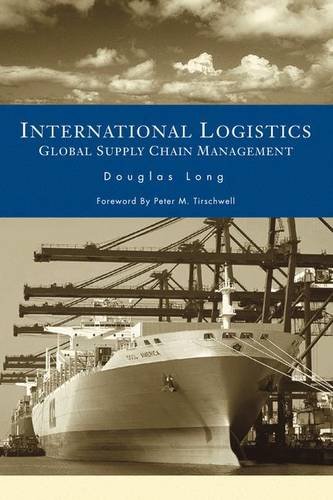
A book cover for International Logistics: Global Supply Chain Management; Douglas Long; Business & Money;